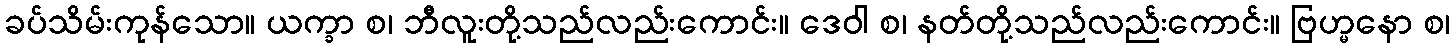
ခပ်သိမ်းကုန်သော။ ယက္ခာ စ၊ ဘီလူးတို့သည်လည်းကောင်း။ ဒေဝါ စ၊ နတ်တို့သည်လည်းကောင်း။ ဗြဟ္မနော စ၊